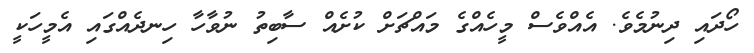
ހޯދައި ދިނުމެވެ. އެއްވެސް މީހެއްގެ މައްޗަށް ކުށެއް ސާބިތު ނުވާހާ ހިނދެއްގައި އެމީހަކީ